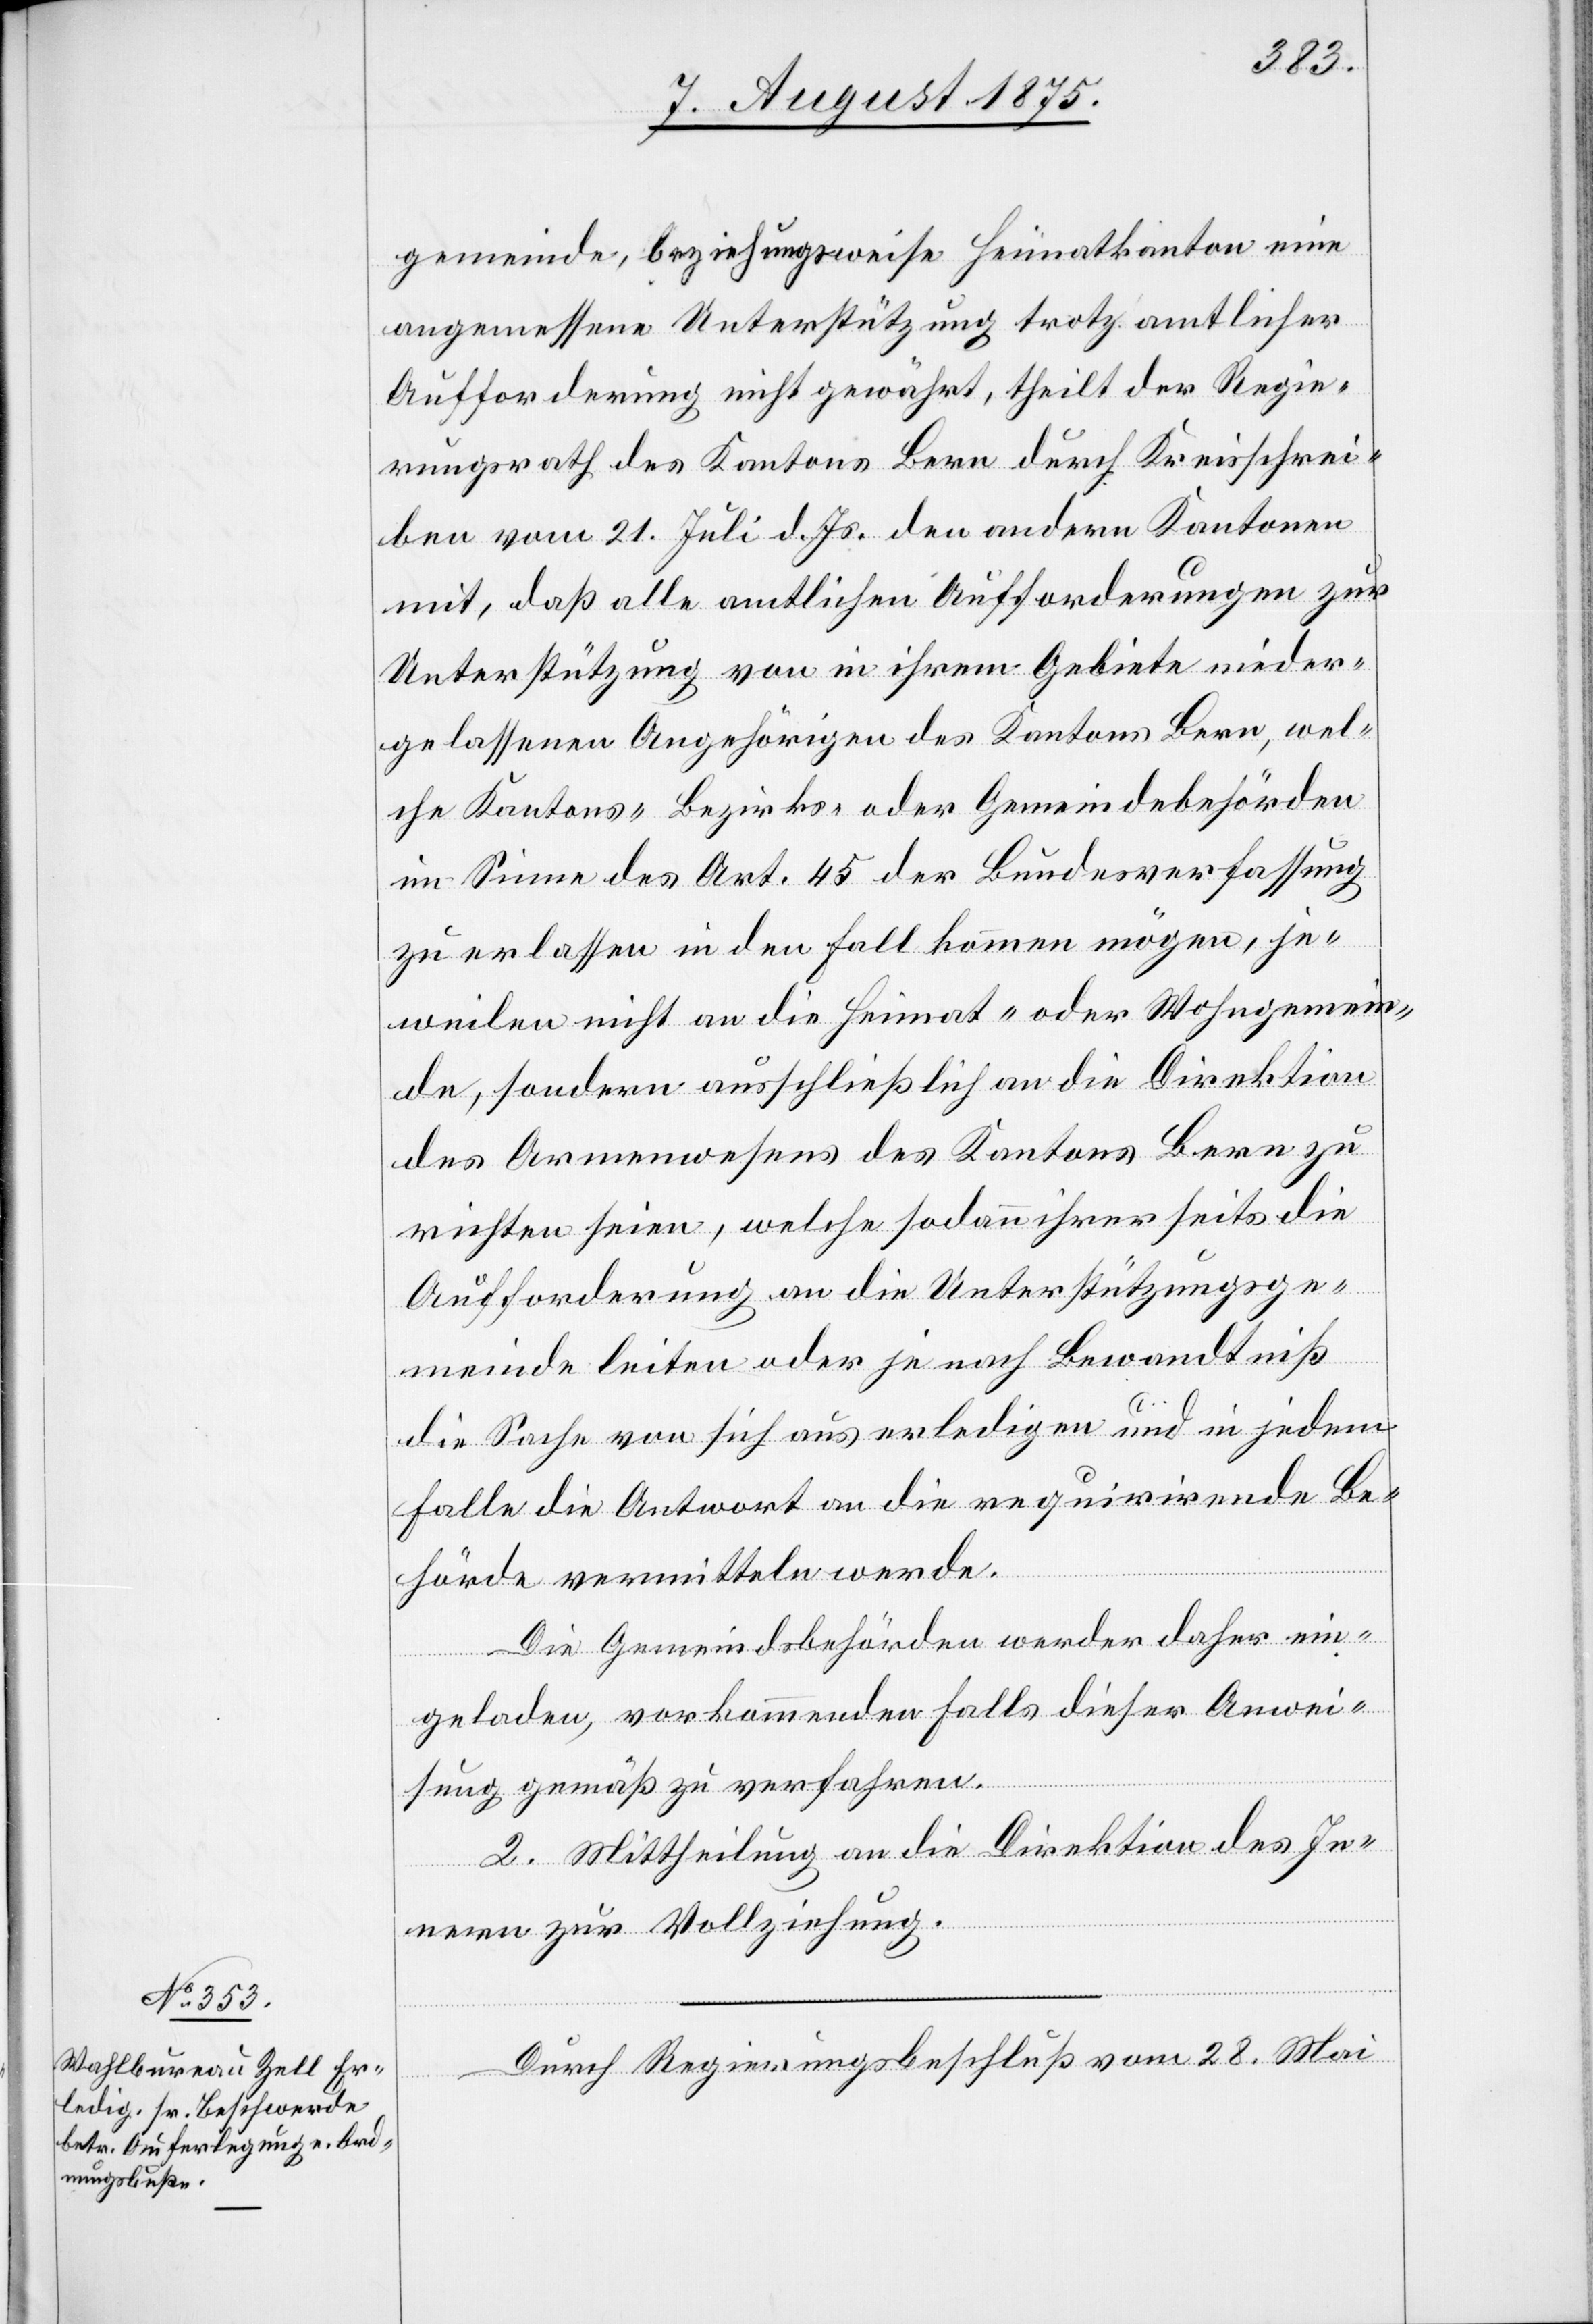
gemeinde beziehungsweise Heimatkanton eine
angemessene Unterstützung trotz amtlicher
Aufforderung nicht gewährt, theilt der Regie¬
rungsrath des Kantons Bern durch Kreisschrei¬
ben vom 21. Juli d. Js. den andern Kantonen
mit, daß alle amtlichen Aufforderung zur
Unterstützung von in ihrem Gebiete nieder¬
gelassenen Angehörigen des Kantons Bern, wel¬
che Kantons- Bezirks- oder Gemeindsbehörden
im Sinne des Art. 45 der Bundesverfassung
zu erlassen in den Fall kommen mögen, je¬
weilen nicht an die Heimat- oder Wohngemein¬
de, sondern ausschließlich an die Direktion
des Armenwesens des Kantons Bern zu
richten seien, welche sodann ihrerseits die
Aufforderung an die Unterstützungsge¬
meinde leiten oder je nach Bewandtniß
die Sache von sich aus erledigen und in jedem
Falle die Antwort an die requirirende Be¬
hörde vermitteln werde.
Die Gemeindsbehörden werder [sic!] daher ein¬
geladen, vorkommenden Falls dieser Anwei¬
sung gemäß zu verfahren.
2. Mittheilung an die Direktion des In¬
nern zur Vollziehung.
Durch Regierungsbeschluß vom 28. Mai